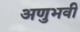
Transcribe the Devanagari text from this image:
अणुभवी